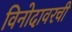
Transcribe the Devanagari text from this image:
विनोदावरची